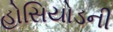
હોસિયોડની